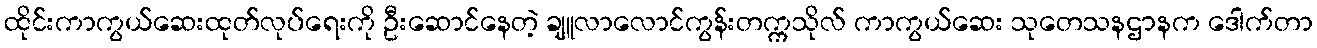
ထိုင်းကာကွယ်ဆေးထုတ်လုပ်ရေးကို ဦးဆောင်နေတဲ့ ချူလာလောင်ကွန်းတက္ကသိုလ် ကာကွယ်ဆေး သုတေသနဌာနက ဒေါက်တာ